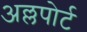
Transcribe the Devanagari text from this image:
अल्लपोर्ट